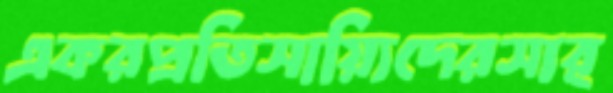
একরপ্রতিসায়্যিদেরসার্